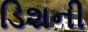
ડિશની